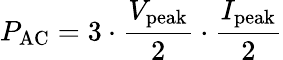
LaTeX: P_{\mathrm{AC}}=3\cdot{\frac{V_{\mathrm{peak}}}{2}}\cdot{\frac{I_{\mathrm{peak}}}{2}}